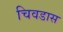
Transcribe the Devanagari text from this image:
चिवडास